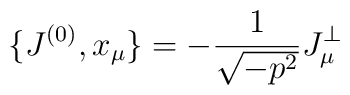
\{J^{(0)},x_{\mu}\}=-\frac{1}{\sqrt{-p^{2}}}J^{\bot}_{\mu}